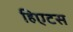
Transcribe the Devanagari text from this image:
हिएटस